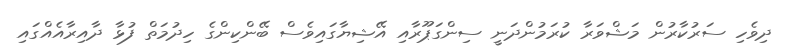
ދިވެހި ސަރުކާރުން މަޝްވަރާ ކުރަމުންދަނީ ސިންގަޕޫރާއި އޭޝިޔާގައިވެސް ބޭންކިންގެ ހިދުމަތް ފުޅާ ދާއިރާއެއްގައި